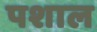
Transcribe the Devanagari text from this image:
पशाल